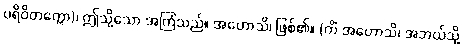
ပရိဝိတက္ကော)၊ ဤသို့သော အကြံသည်။ အဟောသိ၊ ဖြစ်၏။ (ကိံ အဟောသိ၊ အဘယ်သို့